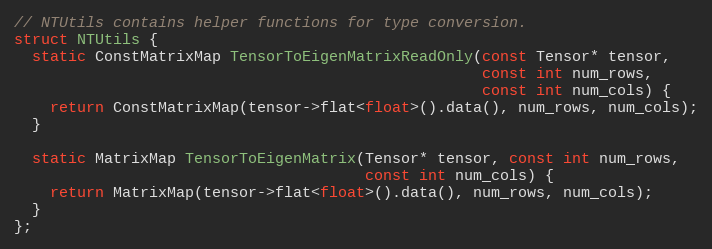
Language: C
// NTUtils contains helper functions for type conversion.
struct NTUtils {
  static ConstMatrixMap TensorToEigenMatrixReadOnly(const Tensor* tensor,
                                                    const int num_rows,
                                                    const int num_cols) {
    return ConstMatrixMap(tensor->flat<float>().data(), num_rows, num_cols);
  }

  static MatrixMap TensorToEigenMatrix(Tensor* tensor, const int num_rows,
                                       const int num_cols) {
    return MatrixMap(tensor->flat<float>().data(), num_rows, num_cols);
  }
};